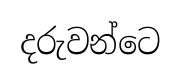
දරුවන්ටෙ